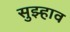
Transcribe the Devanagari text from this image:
सुझ्हाव